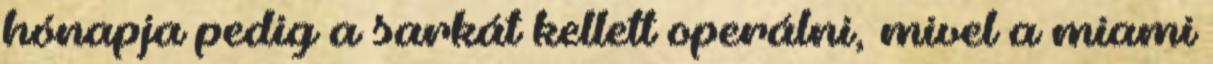
hónapja pedig a sarkát kellett operálni, mivel a miami